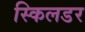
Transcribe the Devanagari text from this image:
स्किलडर